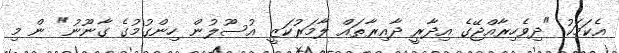
އެކަމަކު "ދިވެހިރާއްޖޭގެ އިދާރީ ދާއިރާތައް ލާމަރުކަޒީ އުސޫލުން ހިންގުމުގެ ގާނޫނު" ން މި